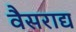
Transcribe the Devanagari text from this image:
वैसराद्य